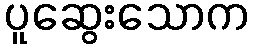
ပူဆွေးသောက